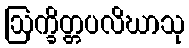
ဩက္ခိတ္တပလိဃာသု